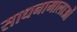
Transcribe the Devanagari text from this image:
साधनामालाओं